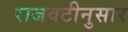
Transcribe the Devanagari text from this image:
राजवटीनुसार